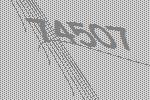
74507